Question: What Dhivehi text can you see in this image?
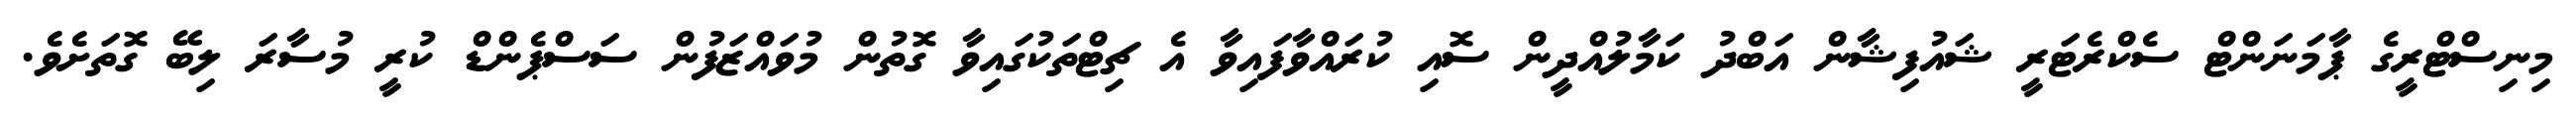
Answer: މިނިސްޓްރީގެ ޕާމަނަންޓް ސެކްރެޓަރީ ޝައުފިޝާން އަބްދު ކަމާލުއްދީން ސޮއި ކުރައްވާފައިވާ އެ ޗިޓްތަކުގައިވާ ގޮތުން މުވައްޒަފުން ސަސްޕެންޑް ކުރީ މުސާރަ ލިބޭ ގޮތަށެވެ.